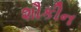
શૌકીન